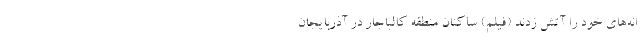
انه‌های خود را آتش زدند (فیلم) ساکنان منطقه کالباجار در آذربایجان